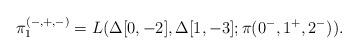
LaTeX: \begin{align*}\pi_1^{(-,+,-)} = L(\Delta[0,-2], \Delta[1,-3]; \pi(0^-,1^+,2^-)).\end{align*}